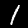
Label: 1